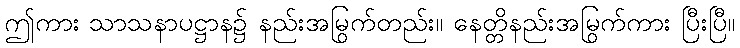
ဤကား သာသနာပဋ္ဌာန၌ နည်းအမြွက်တည်း။ နေတ္တိနည်းအမြွက်ကား ပြီးပြီ။